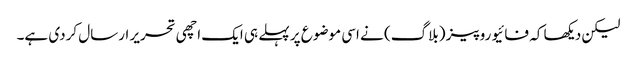
لیکن دیکھا کہ فائیو روپیز (بلاگ) نے اسی موضوع پر پہلے ہی ایک اچھی تحریر ارسال کردی ہے۔